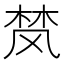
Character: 𮨴